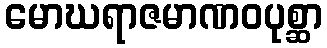
မောဃရာဇမာဏဝပုစ္ဆာ